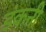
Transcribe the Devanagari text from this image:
डंकनी